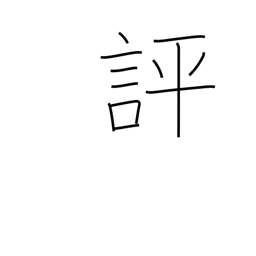
Meaning: evaluate